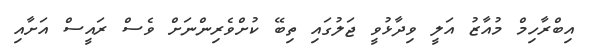
އިބްރާހިމް މުއާޒު އަލީ ވިދާޅުވީ ޖަލުގައި ތިބޭ ކުށްވެރިންނަށް ވެސް ރައީސް އަށާއި